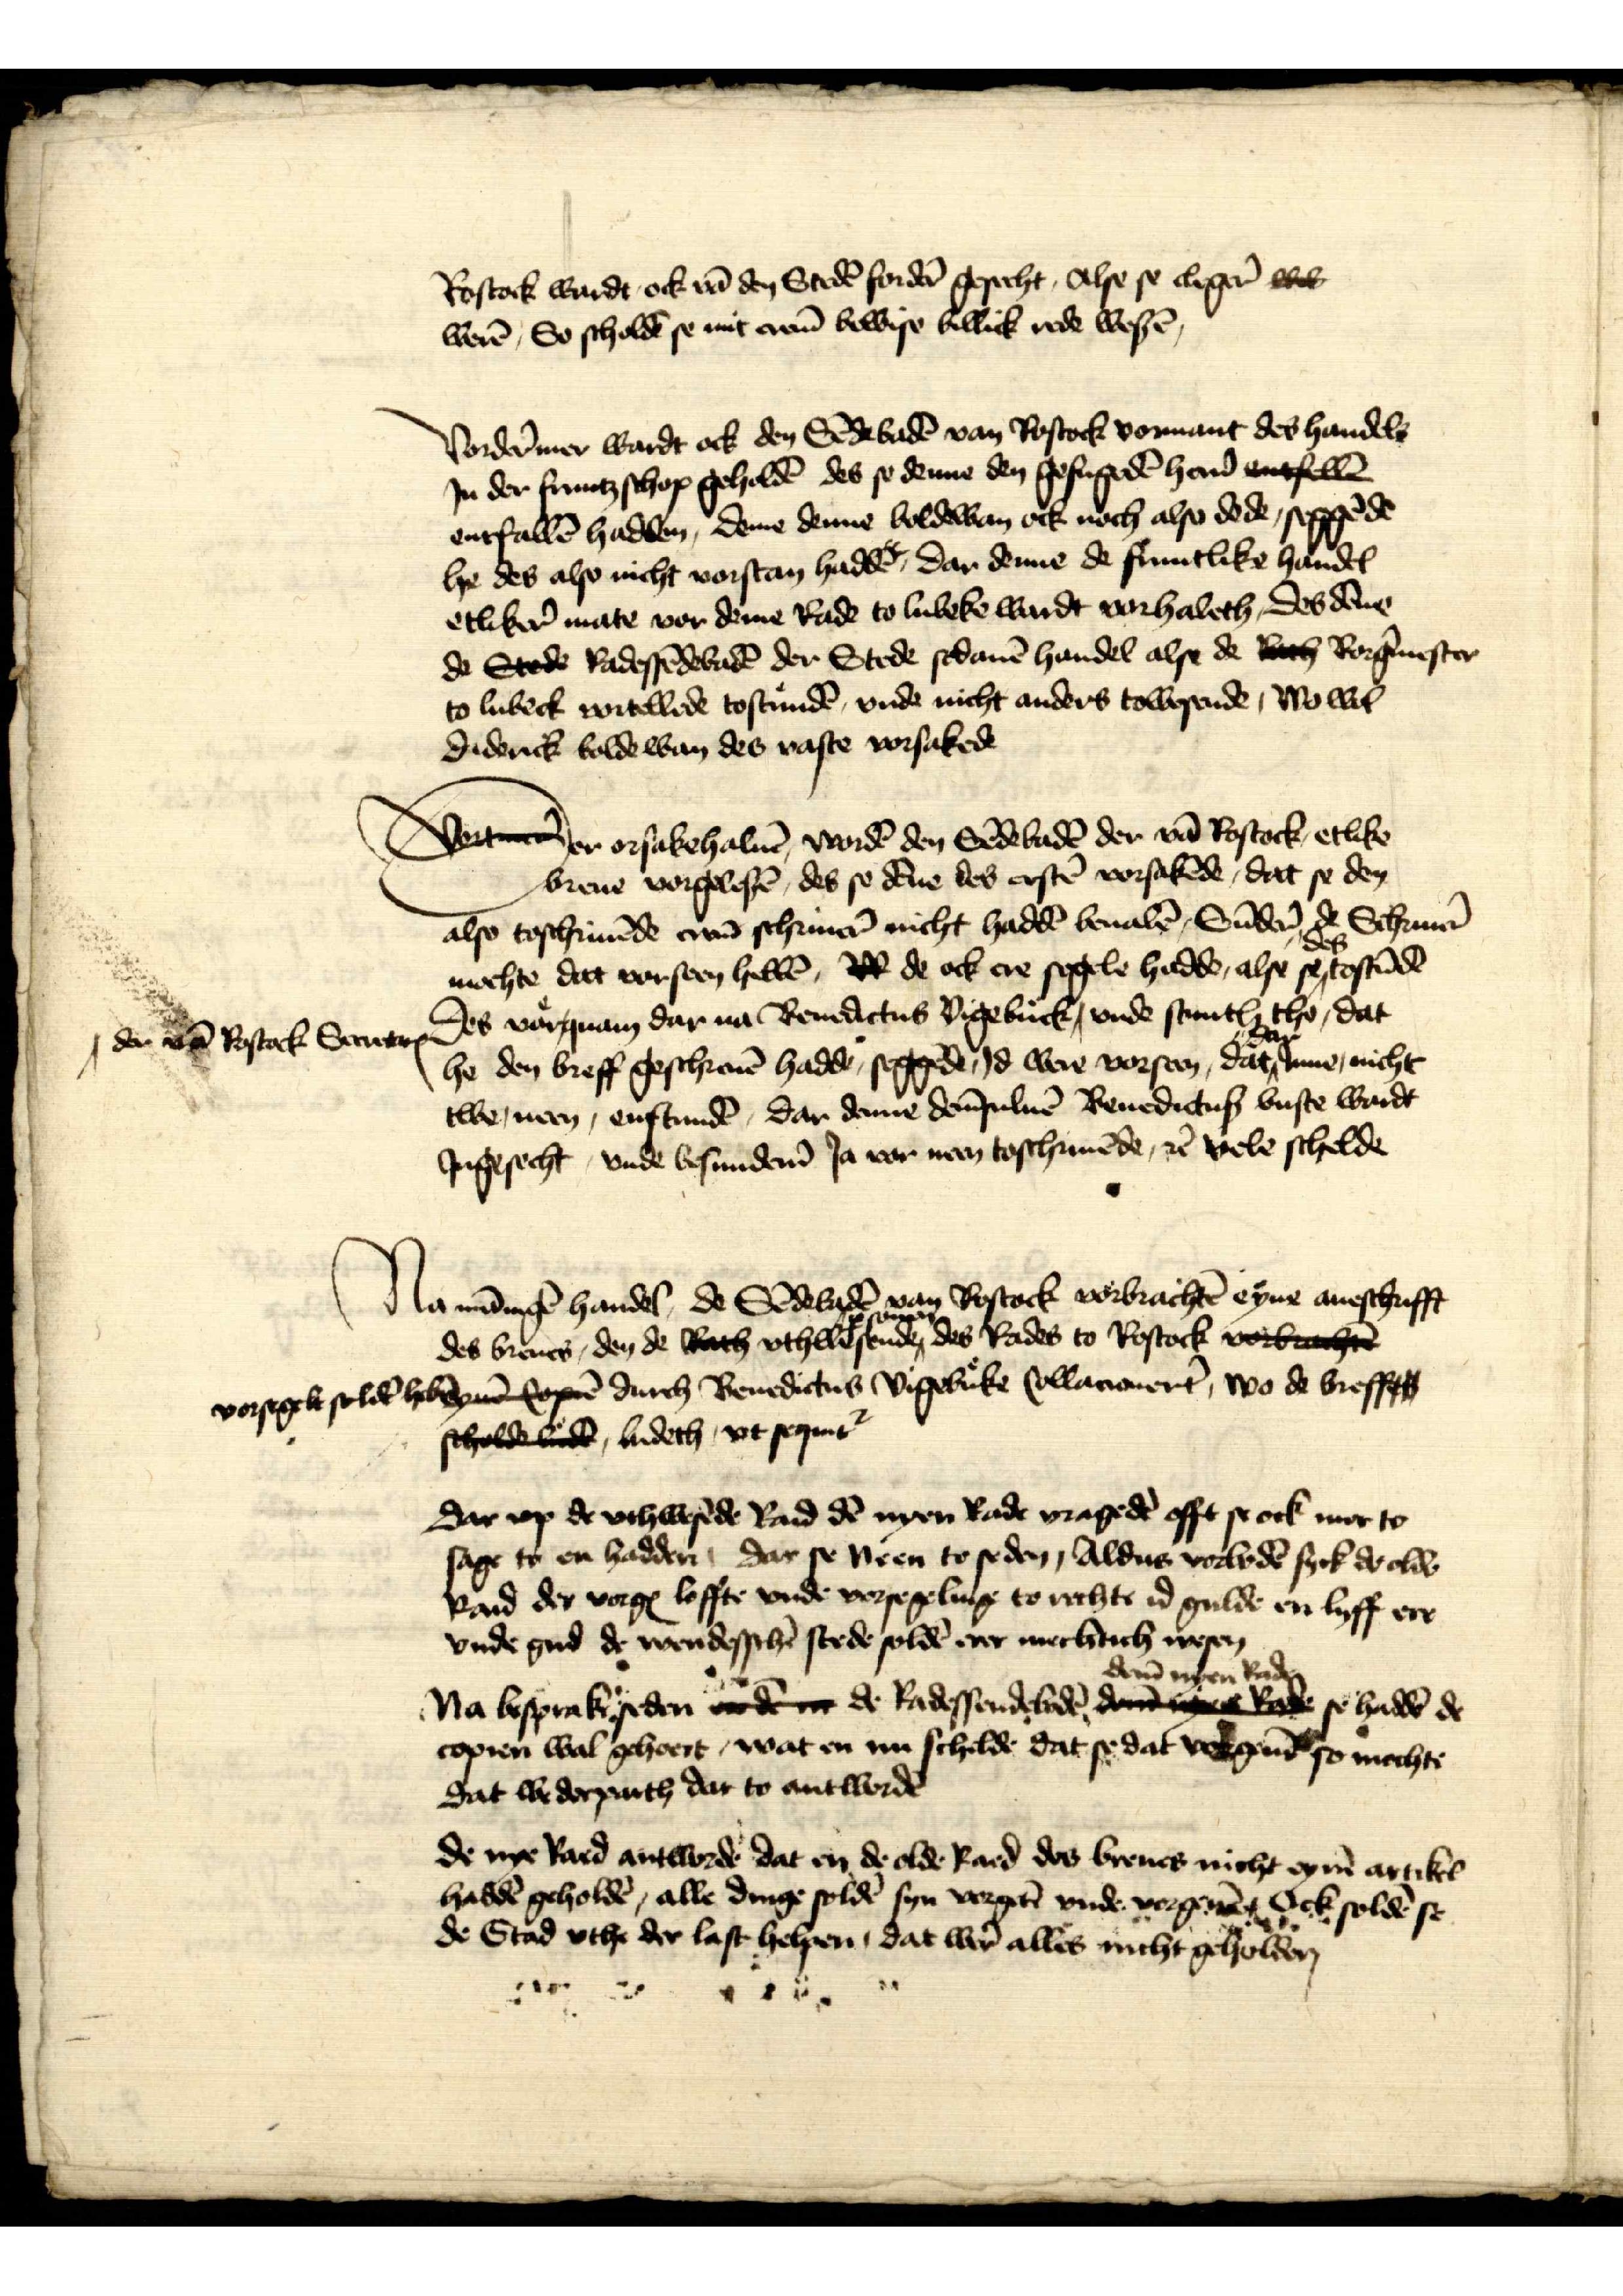
Rostock wardt ock vā den Stedē forder̉ gesecht, Alse se cleger wi
werē, So scholdē se mit erem̄ bewise billick rede wesē

Vorder̉mer wardt ock den Sendebadē van Rostock vornant des handels
Jn der fruntzschop geholdē des se denne den gefugedē her̉n entelle
entfallē hadden, deme denne Boldewan erk noch also dede, seggēde
he des also nicht vorstan haddē, dar denne de fruntlike handel
etliker mate vor deme Rade to Lubeke wardt vorhaleth, des dēne
de Stede Radessēbadē der Stede sodanē handel alse de Rath Borg̉mester
to Lubeck vortellede tostundē, vnde nicht anders towesende, wo wol
Diderick Boldewan des vaste vorsakede

Vortmer ersakehaluē wordē den Sēdebadē der vā Rostock etlike
breue vorgelesē, des se dēne des erstē vorsakēde, dat se den
also toschriuēde vme schriuer̉ nicht haddē beualē, Sūder de Schriuer̉
mochte dat vorseen hebbē, D de ock ere segele hadde, alse se des tostūdē 
Des vorquam dar van Benedictus Vigebuck ^ vnde stunth tho, dat
he den breff geschreuē hadde, seggēde, Jd were vorseen, dat dar Jnne, nicht
twe, neen, enstundē, dar denne dem̄suluē Benedictus vuste wardt
Jngesecht, vnde besunder̉n Ja vor neen toschriuēde, et̉ vele schelde

^ der vā Rostock SecretarꝬ

Na mānigē handel, de Sēdebadē in Rostock vorbrachtē eyne anesschuft
des breues, den de Rath vthwesende ꝑsonen des Rades to Rostock vorbrachte
vorsegelt soldē hebben eynē kopen durch Benedictus Vigebuke collanouert, wo de breff
scholde lude ludeth vt sequent

dar vp de vthwesēde Rad dē nyen Rade vragedē offt se ock mer to
sage to en hadden dar se neen to seden, Aldus vorbedē syck de olde
Raid der vorgꝬ loffte vnde vorsegelinge to rechte id gulde en lyff ere
vnde gud de wendesschē stede soldē erer mechtich wesen

Na besprake seden de de Radessendebadē dem̄ nyen Rade se haddē de
copien wol gehoert, wat en nu scholde dat se dat vorgeuē so mochte
dat wedderparth dat to antwordē

de nye Rad antworde dat en de olde Raed des breues nicht eynē artikel
haddē geholdē, alle dinge soldē syn vorgetē vnde vorgeuē Ock soldē se
de Stad vthe der last helpen, dat wer̉ alles nicht geholden